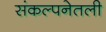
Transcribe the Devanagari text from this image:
संकल्पनेतली